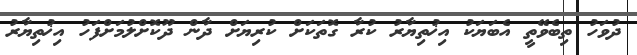
ދުވަހު ތިބެވޭތީ އެބަޔަކު އިޚުތިޔާރު ކުރާ ގޮތަކަށް ކުރިޔަށް ދާން ދޫކޮށްލުމަށްފަހު އިޚުތިޔާރު